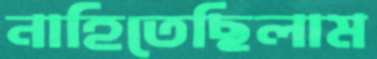
নাহিতেছিলাম